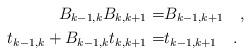
LaTeX: \begin{align*}B_{k-1,k}B_{k,k+1}=&B_{k-1,k+1}\quad,\\t_{k-1,k}+B_{k-1,k}t_{k,k+1}=&t_{k-1,k+1}\quad.\end{align*}